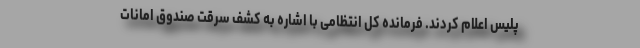
پلیس اعلام کردند. فرمانده کل انتظامی با اشاره به کشف سرقت صندوق امانات